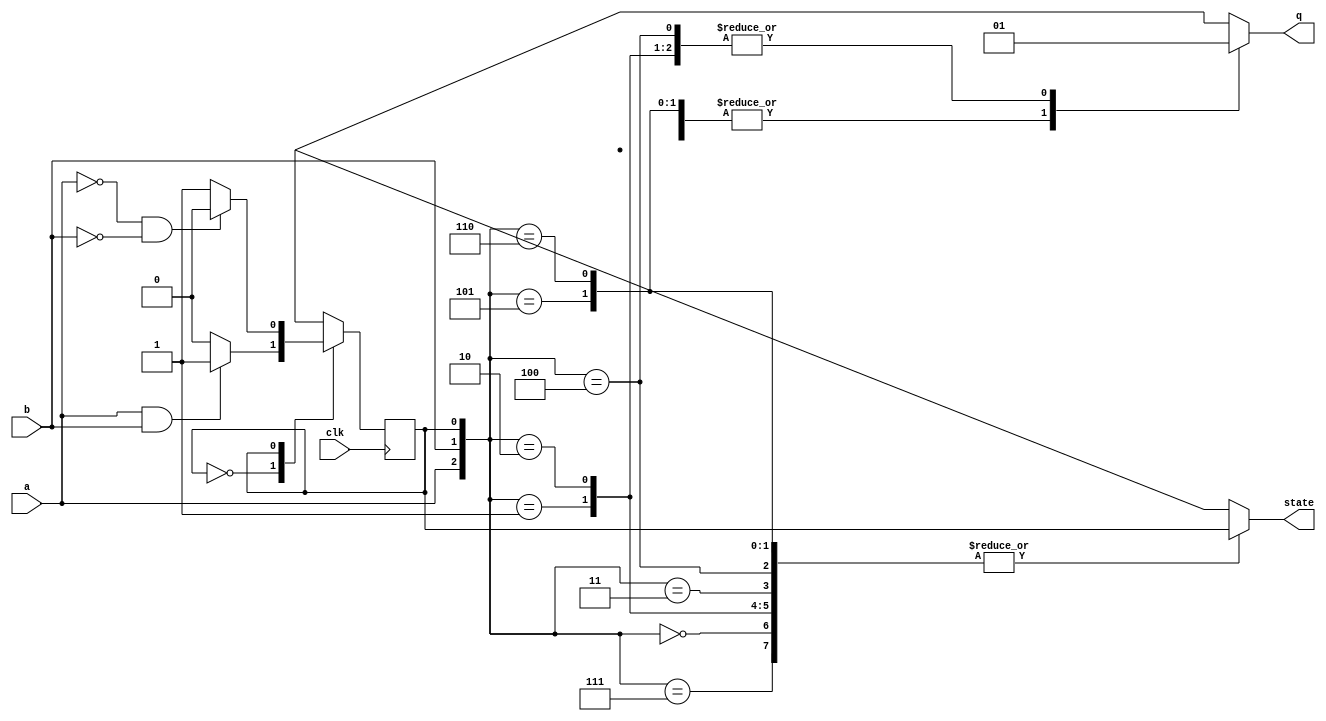
module top_module (
    input clk,
    input a,
    input b,
    output q,
    output state  );
    
    parameter S0 = 1'b0, S1 = 1'b1;
    reg current_state, next_state; 
    wire [2:0] out_conditions = {a, b, current_state};
    
    always@ (*) begin
        case(current_state)
            S0: begin
                if(a & b) begin
                    next_state = S1;
                end
                else begin
                    next_state = current_state;
                end
            end
            S1: begin
                if(~a & ~b) begin
                    next_state = S0;
                end
                else begin
                    next_state = current_state;
                end
            end
            default: begin
                next_state = current_state;
            end
        endcase
    end
    
    always@ (posedge clk) begin
        current_state = next_state;
    end
    
    always@ (*) begin
        case(out_conditions)
            3'b000: begin q = 1'b0; state = current_state; end
            3'b001: begin q = 1'b1; state = current_state; end
            3'b010: begin q = 1'b1; state = current_state; end
            3'b011: begin q = 1'b0; state = current_state; end
            3'b100: begin q = 1'b1; state = current_state; end
            3'b101: begin q = 1'b0; state = current_state; end
            3'b110: begin q = 1'b0; state = current_state; end
            3'b111: begin q = 1'b1; state = current_state; end
            default: begin q = 0; state = current_state; end
        endcase
    end
                
endmodule